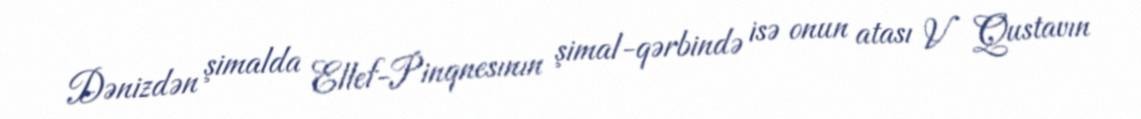
Dənizdən şimalda Ellef-Pinqnesının şimal-qərbində isə onun atası V Qustavın